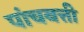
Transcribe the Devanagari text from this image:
पांचबत्ती